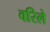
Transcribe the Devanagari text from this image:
वरिले